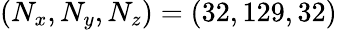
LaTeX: (N_{x},N_{y},N_{z})=(32,129,32)